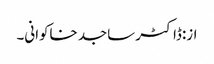
از:ڈاکٹر ساجد خاکوانی۔